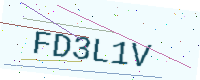
Text: FD3L1V